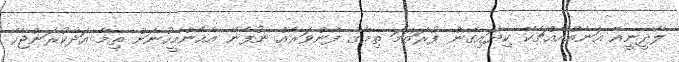
ލާދީނީއޭ އަނެއްއެއްޗެކޭ ކިޔައިގެން ފުރަތަމަ ތިމާގެ ފެންވަރެއް ނުފެނޭ އެހެންމީހުނަށް ތިމާ އަދާކުރަންޖެހޭ